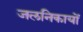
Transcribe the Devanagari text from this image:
जलनिकायों